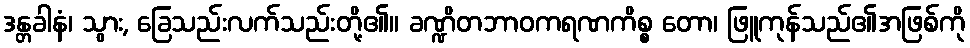
ဒန္တခါနံ၊ သွား, ခြေသည်းလက်သည်းတို့၏။ ခဏ္ဍိတဘာဝကရဏကိစ္စ တော၊ ဖြူကုန်သည်၏အဖြစ်ကို